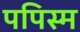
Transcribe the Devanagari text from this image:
पपिस्म